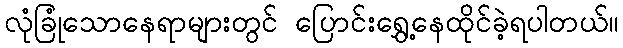
လုံခြုံသောနေရာများတွင် ပြောင်းရွှေ့နေထိုင်ခဲ့ရပါတယ်။